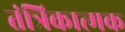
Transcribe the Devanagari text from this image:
तंत्रिकात्मक